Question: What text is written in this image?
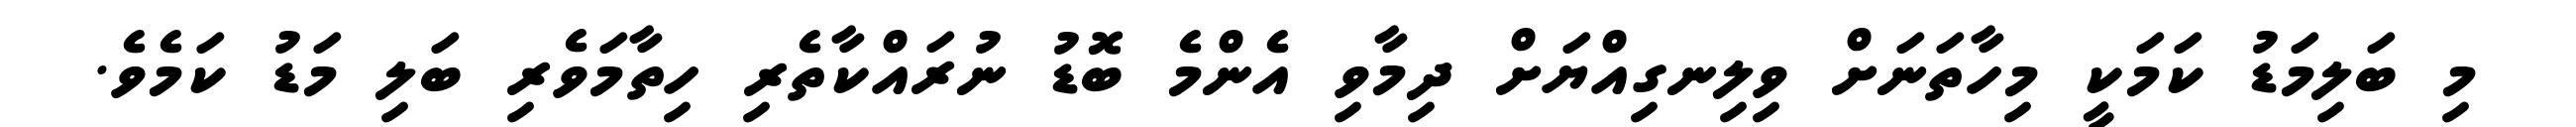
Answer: މި ބަލިމަޑު ކަމަކީ މިހާތަނަށް ވިލިނގިއްޔަށް ދިމާވި އެންމެ ބޮޑު ނުރައްކާތެރި ހިތާމަވެރި ބަލި މަޑު ކަމެވެ.